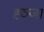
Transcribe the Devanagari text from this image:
ह्ञ्जा